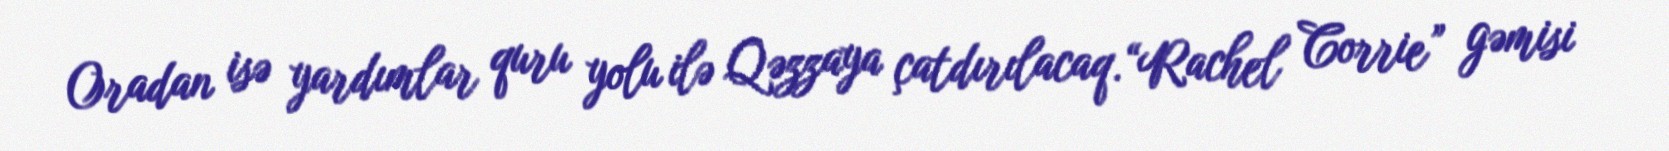
Oradan isə yardımlar quru yolu ilə Qəzzaya çatdırılacaq.“Rachel Corrie” gəmisi